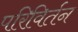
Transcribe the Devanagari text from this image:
परिविर्तन